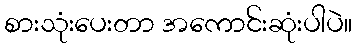
စားသုံးပေးတာ အကောင်းဆုံးပါပဲ။